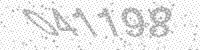
Solution: 041198